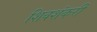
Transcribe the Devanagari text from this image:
शिवशंकरी